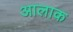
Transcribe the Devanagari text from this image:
आलाक